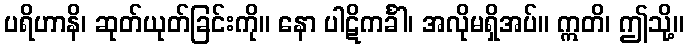
ပရိဟာနိ၊ ဆုတ်ယုတ်ခြင်းကို။ နော ပါဋိကင်္ခါ၊ အလိုမရှိအပ်။ ဣတိ၊ ဤသို့။